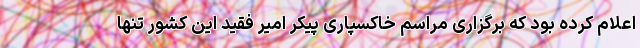
اعلام کرده بود که برگزاری مراسم خاکسپاری پیکر امیر فقید این کشور تنها